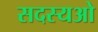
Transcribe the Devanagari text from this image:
सदस्यओ